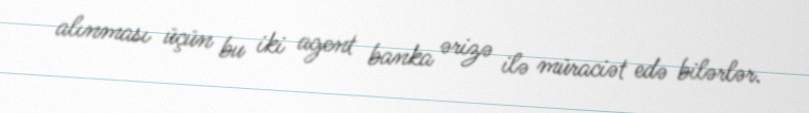
alınması üçün bu iki agent banka ərizə ilə müraciət edə bilərlər.